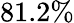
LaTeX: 81.2\%